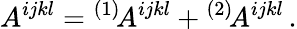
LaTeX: A^{ijkl}={}^{(1)}\! A^{ijkl}+{}^{(2)}\! A^{ijkl}\, .